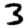
Digit: 3